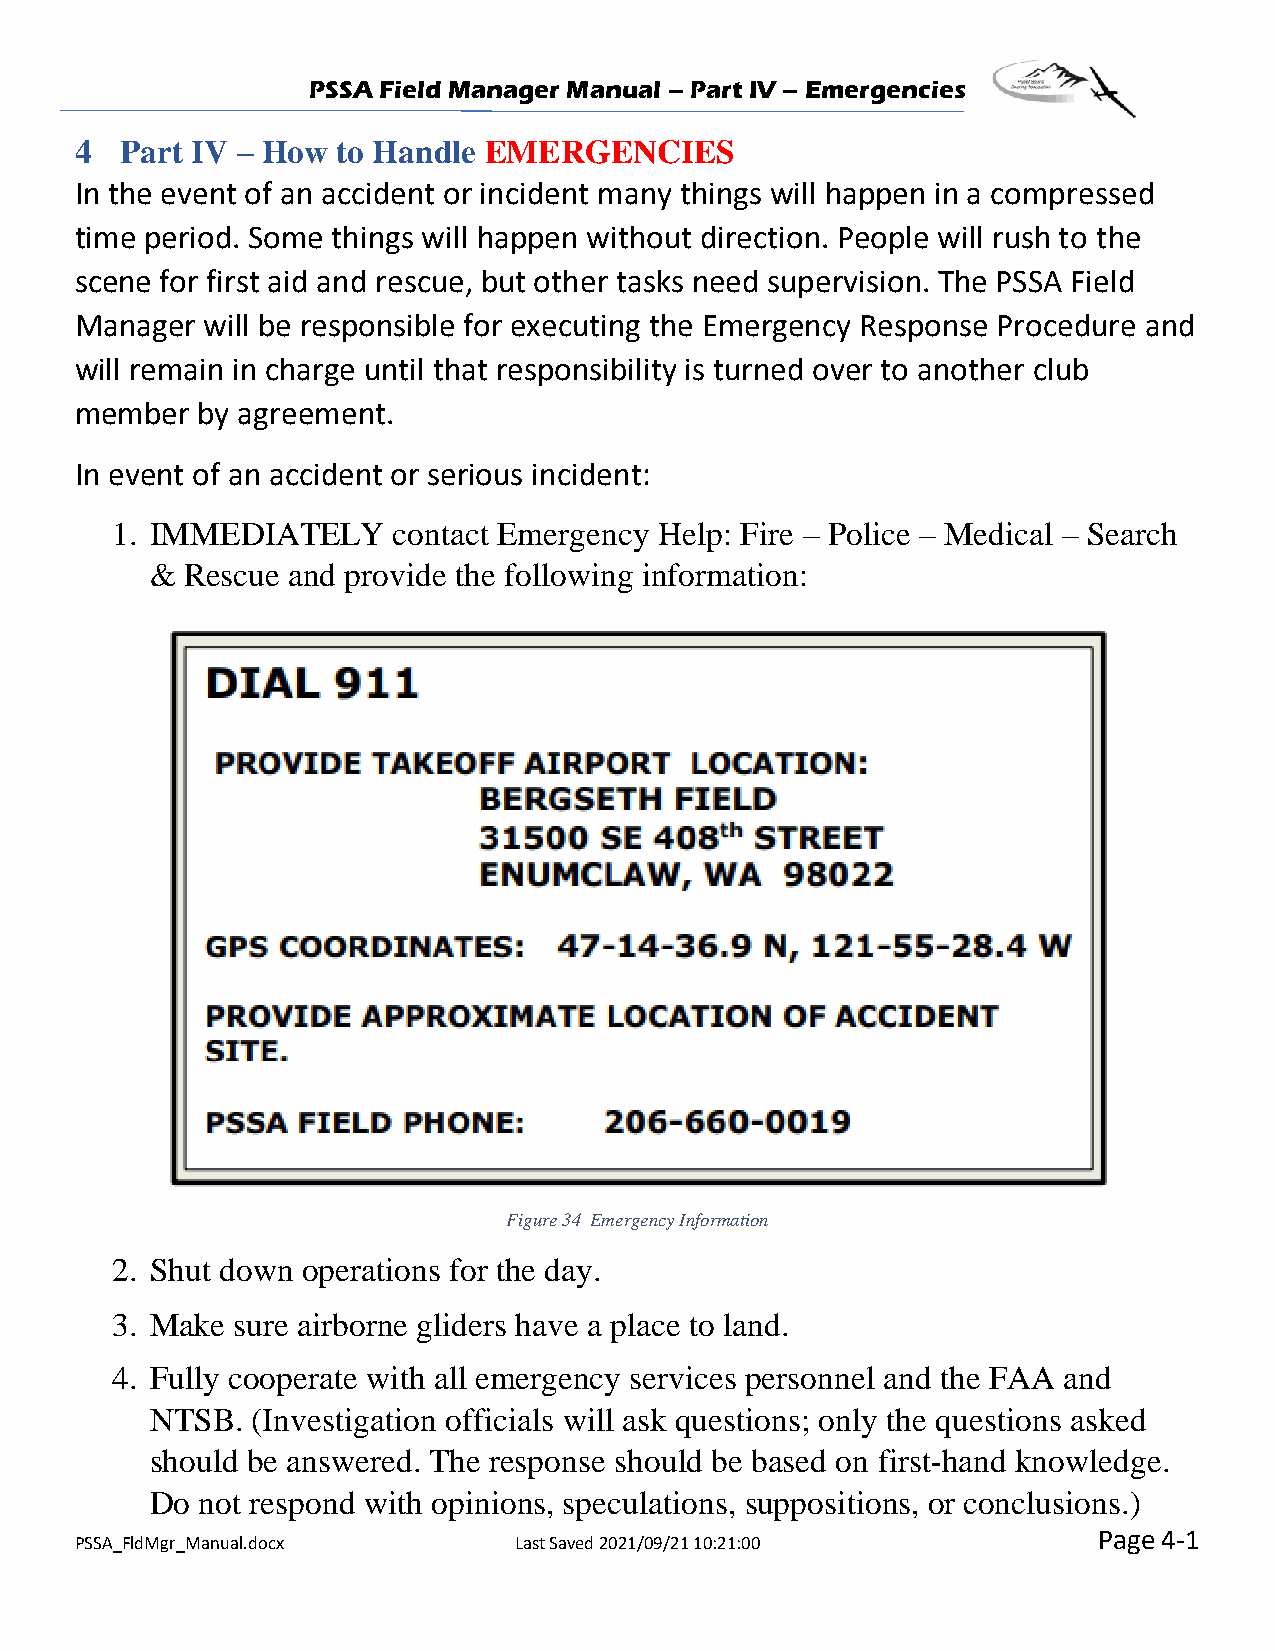
PSSA Field Manager Manual – Part IV – Emergencies
 4  Part IV – How to Handle EMERGENCIES
 In the event of an accident or incident many things will happen in a compressed
 time period. Some things will happen without direction. People will rush to the
 scene for first aid and rescue, but other tasks need supervision. The PSSA Field
 Manager  will be responsible for executing the Emergency Response Procedure and
 will remain in charge until that responsibility is turned over to another club
 member  by agreement.
 In event of an accident or serious incident:
 1. IMMEDIATELY     contact Emergency Help: Fire – Police – Medical – Search
 & Rescue and provide the following information:
 Figure 34 Emergency Information
 2. Shut down operations for the day.
 3. Make sure airborne gliders have a place to land.
 4. Fully cooperate with all emergency services personnel and the FAA and
 NTSB.  (Investigation officials will ask questions; only the questions asked
 should be answered. The response should be based on first-hand knowledge.
 Do not respond with opinions, speculations, suppositions, or conclusions.)
 Page 4-1
 PSSA_FldMgr_Manual.docx      Last Saved 2021/09/21 10:21:00